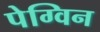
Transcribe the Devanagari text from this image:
पेग्विन